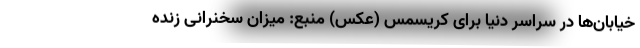
خیابان‌ها در سراسر دنیا برای کریسمس (عکس) منبع: میزان سخنرانی زنده